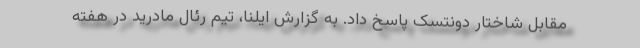
مقابل شاختار دونتسک پاسخ داد. به گزارش ایلنا، تیم رئال مادرید در هفته